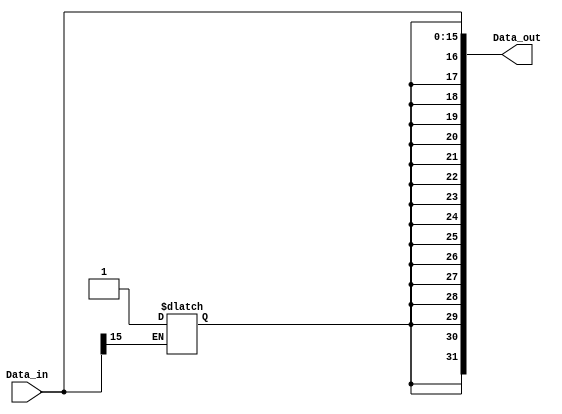
`timescale 1ns / 1ps
//////////////////////////////////////////////////////////////////////////////////
// Company: 
// Engineer: 
// 
// Design Name: 
// Module Name:    SignExt 
// Project Name: 
// Target Devices: 
// Tool versions: 
// Description: 
//
// Dependencies: 
//
// Revision: 
// Revision 0.01 - File Created
// Additional Comments: 
//
//////////////////////////////////////////////////////////////////////////////////
module SignExtend(
		Data_in,
		Data_out
    );
	 input [15:0] Data_in ;
	 output [31:0] Data_out ;
	 genvar j,i;
	 wire [31:0] Data_out ;
	 reg flag=0;
	 always @ * begin
			if(Data_in[15]==1)begin
					flag=1;
			end
		end
	


	for (j = 0; j < 16; j	= j +1) begin
		assign Data_out[j]=Data_in[j];
   	end

	for (i = 16; i < 32; i = i +1) begin
		assign	Data_out[i]=flag;
   	end

endmodule